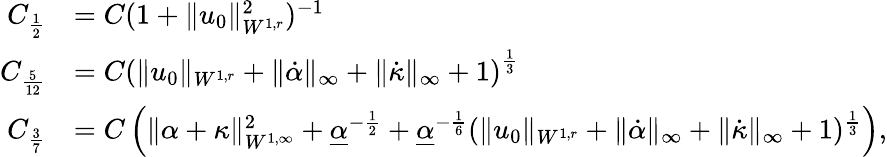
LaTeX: \begin{array}{rl}{C_{\frac{1}{2}}}&{=C(1+\| u_{0}\| _{W^{1,r}}^{2})^{-1}}\\ {C_{\frac{5}{12}}}&{=C\left(\| u_{0}\| _{W^{1,r}}+\| \dot{\alpha}\| _{\infty}+\| \dot{\kappa}\| _{\infty}+1\right)^{\frac{1}{3}}}\\ {C_{\frac{3}{7}}}&{=C\left(\| \alpha+\kappa\| _{W^{1,\infty}}^{2}+\underline{{\alpha}}^{-\frac{1}{2}}+\underline{{\alpha}}^{-\frac{1}{6}}(\| u_{0}\| _{W^{1,r}}+\| \dot{\alpha}\| _{\infty}+\| \dot{\kappa}\| _{\infty}+1)^{\frac{1}{3}}\right),}\end{array}